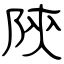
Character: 陝